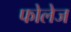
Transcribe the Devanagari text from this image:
फोलेज